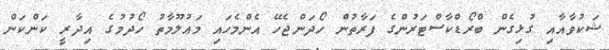
ޝަކުވާއާއި ގުޅިގެން ބްރޯޑްކާސްޓަރުންގެ ފަރާތުން ހޯދަންޖެހޭ އެންމެހައި މަޢުލޫމާތު ހޯދުމުގެ އިދާރީ ކަންކަން